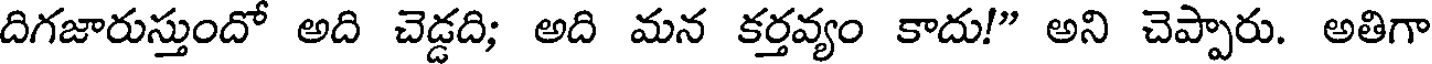
దిగజారుస్తుందో అది చెడ్డది; అది మన కర్తవ్యం కాదు!" అని చెప్పారు. అతిగా